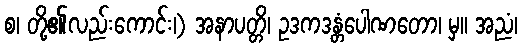
စ၊ တို့၏လည်းကောင်း၊) အနာပတ္တိ၊ ဥဒကဒန္တံပေါဏတော၊ မှ။ အညံ၊